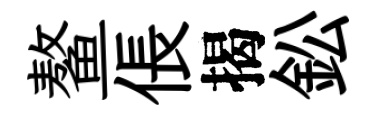
鳌倀揭鈆